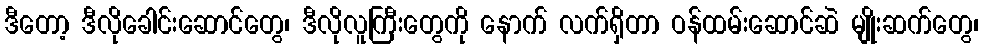
ဒီတော့ ဒီလိုခေါင်းဆောင်တွေ၊ ဒီလိုလူကြီးတွေကို နောက် လက်ရှိတာ ဝန်ထမ်းဆောင်ဆဲ မျိုးဆက်တွေ၊